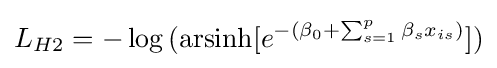
L_{H2}=-\log {(\operatorname {arsinh} [e^{-(\beta _{0}+\sum _{s=1}^{p}{\beta _{s}x_{is}})}])}